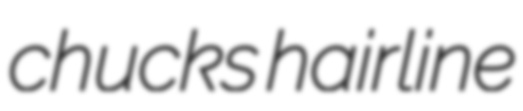
chucks hairline